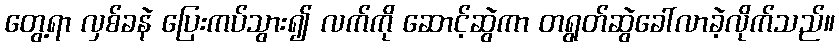
တွေ့ရာ လှစ်ခနဲ ပြေးကပ်သွား၍ လက်ကို ဆောင့်ဆွဲကာ တရွတ်ဆွဲခေါ်လာခဲ့လိုက်သည်။